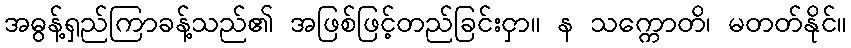
အဓွန့်ရှည်ကြာခန့်သည်၏ အဖြစ်ဖြင့်တည်ခြင်းငှာ။ န သက္ကောတိ၊ မတတ်နိုင်။